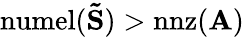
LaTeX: \mathrm{numel}(\mathbf{\tilde{S}})>\mathrm{nnz}(\mathbf{A})